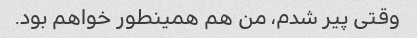
وقتی پیر شدم، من هم همینطور خواهم بود.